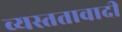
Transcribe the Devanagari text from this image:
व्यस्ततावादी